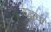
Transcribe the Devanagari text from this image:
बुद्धया